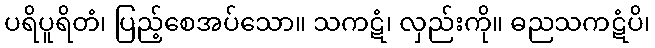
ပရိပူရိတံ၊ ပြည့်စေအပ်သော။ သကဋံ၊ လှည်းကို။ ဓညသကဋံပိ၊